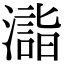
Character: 𣿉